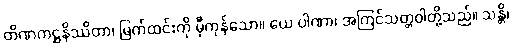
တိဏကဋ္ဌနိဿိတာ၊ မြက်ထင်းကို မှီကုန်သော။ ယေ ပါဏာ၊ အကြင်သတ္တဝါတို့သည်။ သန္တိ၊